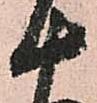
十